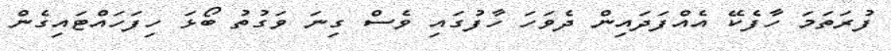
ފުރަތަމަ ހާފެކޭ އެއްފަދައިން ދެވަހަ ހާފުގައި ވެސް ގިނަ ވަގުތު ބޯޅަ ހިފަހައްޓައިގެން